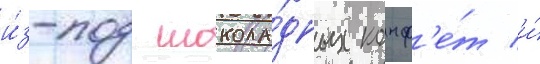
и́з-под шокола́дных конф'е́т и́